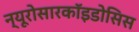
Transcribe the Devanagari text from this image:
न्यूरोसारकॉइडोसिस